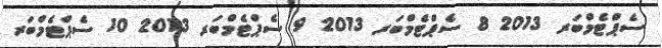
ސެޕްޓެމްބަރ 2013 8 ސެޕްޓެމްބަރ 2013 9 ސެޕްޓެމްބަރ 2013 10 ސެޕްޓެމްބަރ